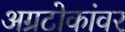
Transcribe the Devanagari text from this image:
अग्रटोकांवर